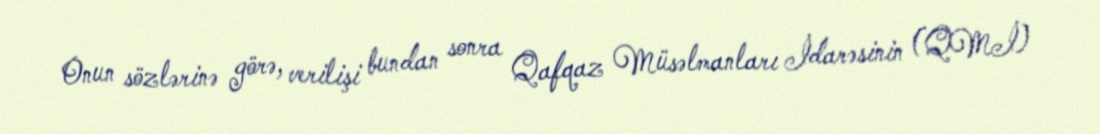
Onun sözlərinə görə, verilişi bundan sonra Qafqaz Müsəlmanları İdarəsinin (QMİ)